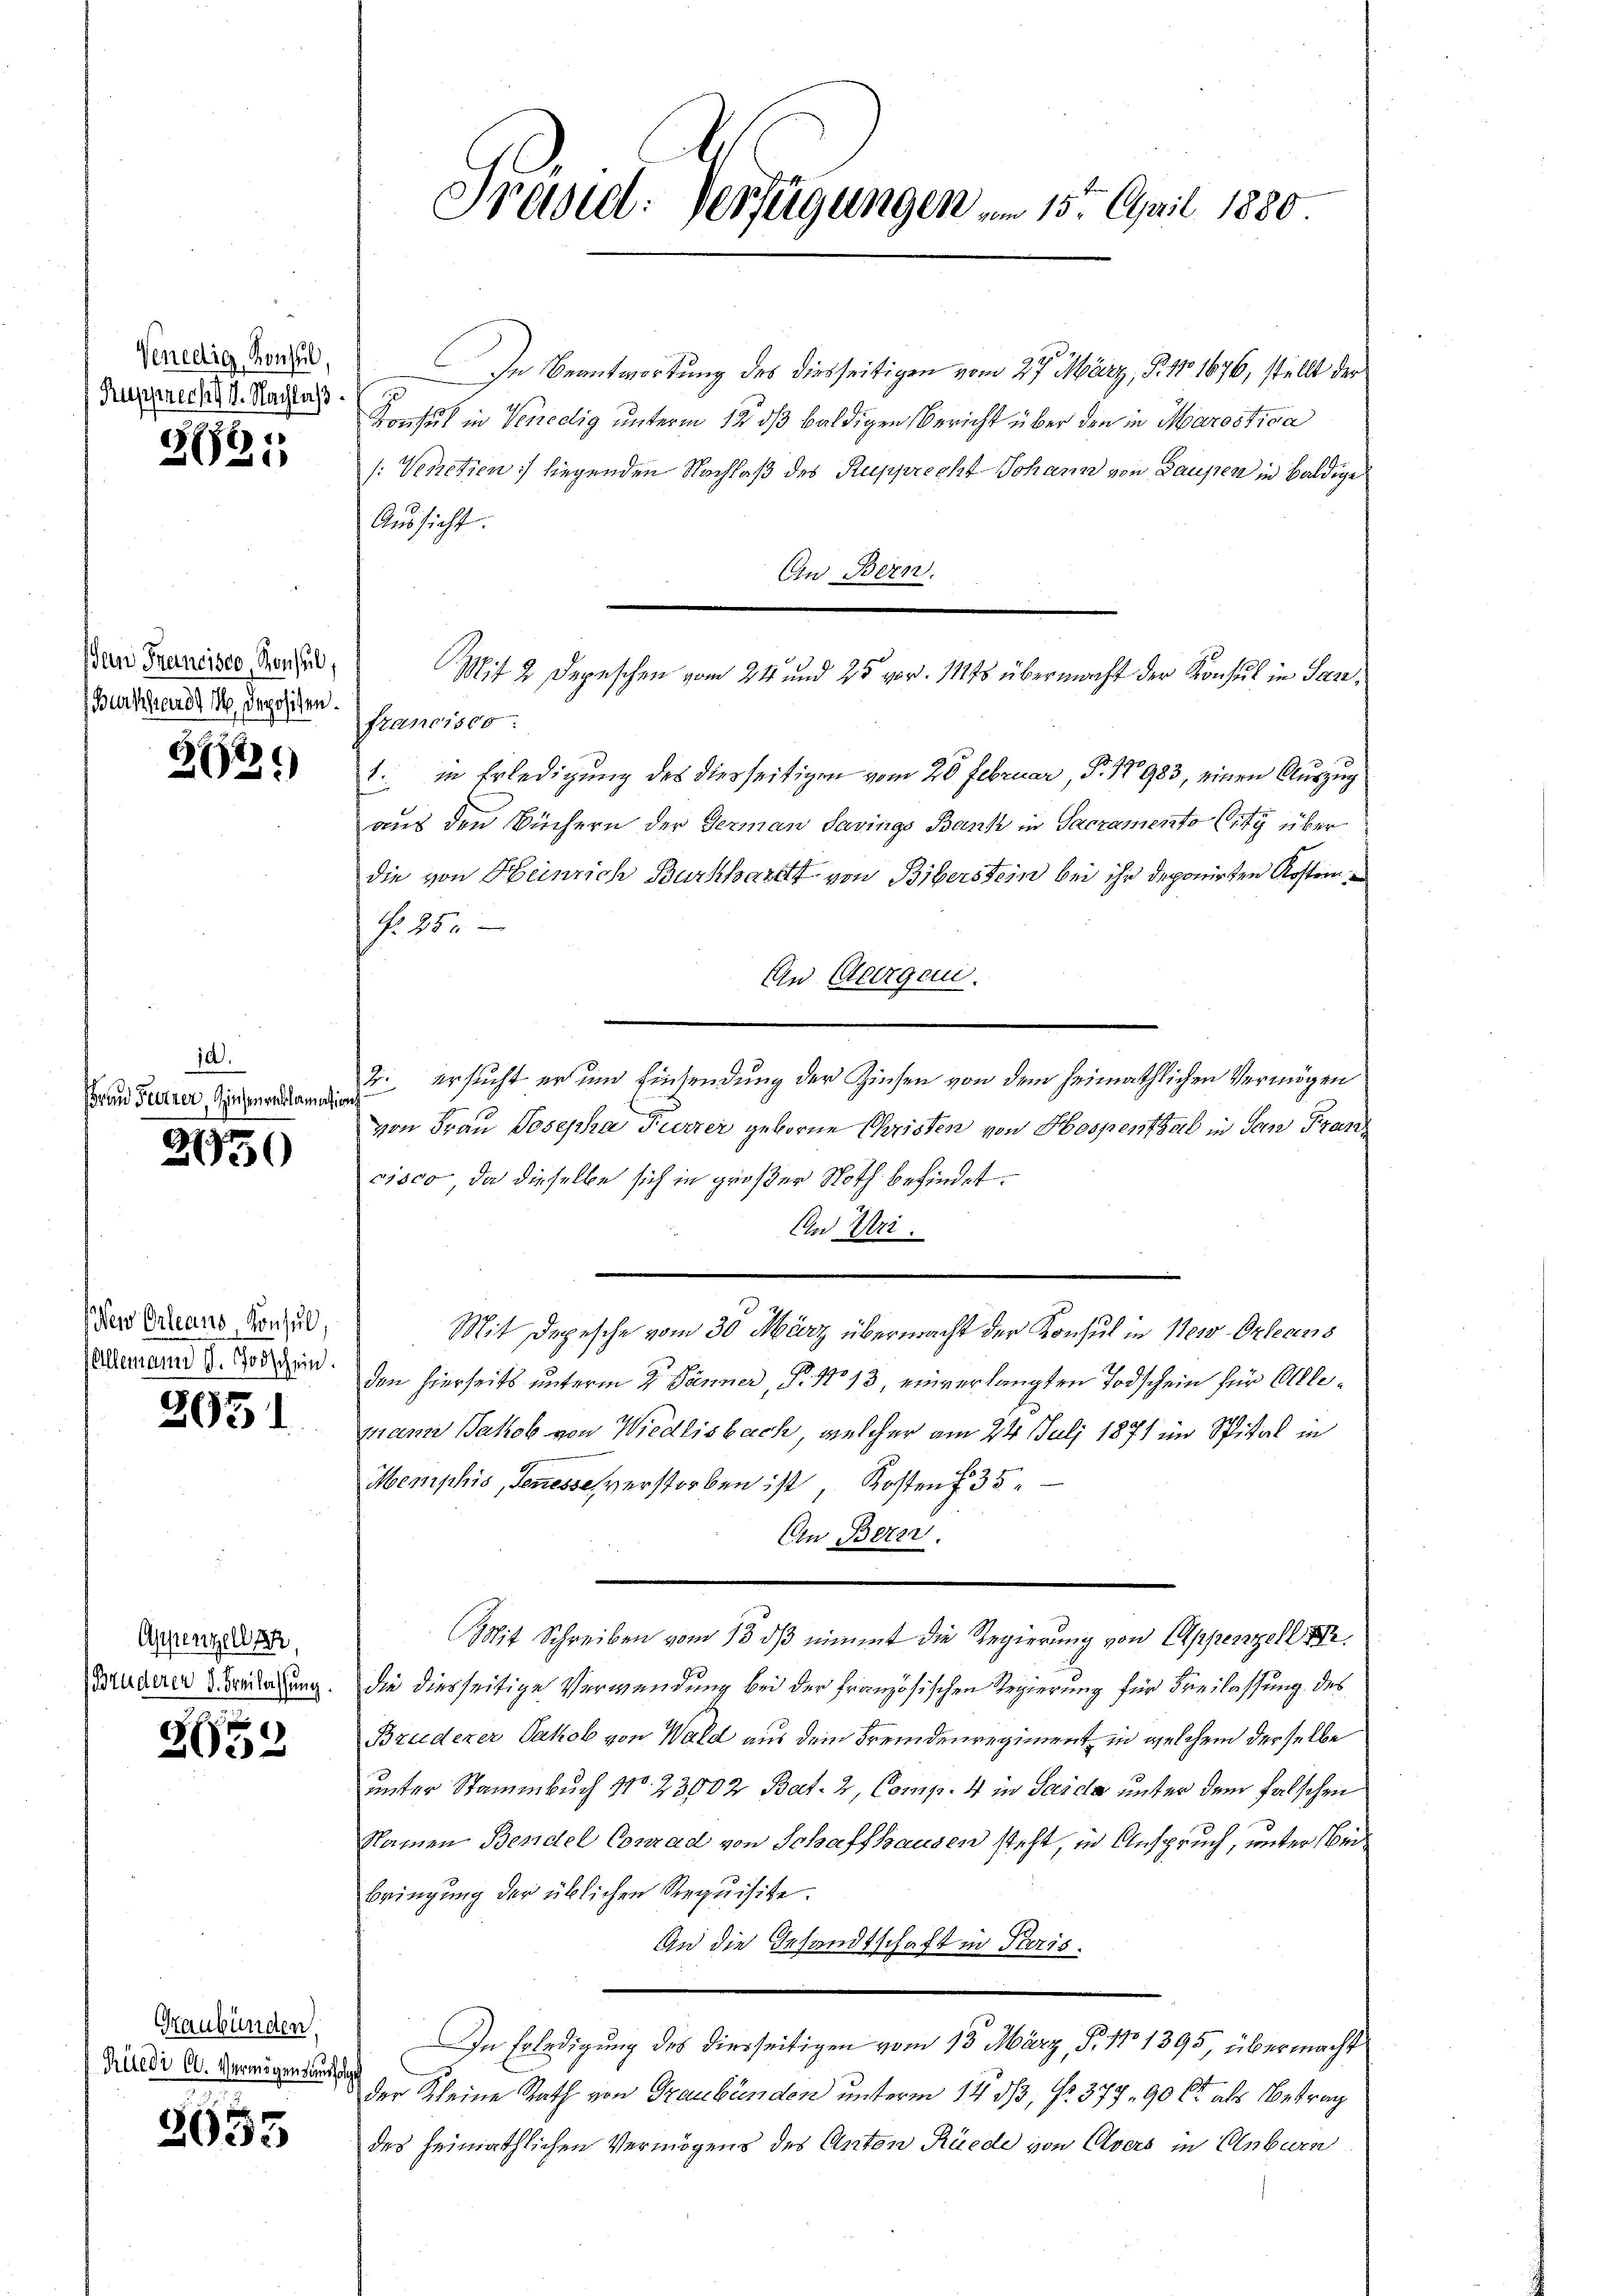
Venedig, Konsul
Rusiner hat J. Nachlaß
.

921

un Francisco, Konseil,
Burkhard M. Depositen.

e
02.

10.
von Ferner, Zinsenreclamation

¬
2950

New Orleans Konsul,
Allemann d. Todschein.

2951

Appenzellen,
Bruderer d. Freilassung.

262

Graubünden.
Rüedi Cl. Vermögensausfolg

2655

Präsid. Verfügungen im 15. April 1880.

In Beantwortung des diesseitigen vom 27. März, P. 17 1676, stellt der
Konsul in Venedig unterm 12 ds baldigen Bericht über den in Marestica
1: Venetien liegenden Nachlaß des Rupprecht Johann von Gaupen in baldige
Aussicht.
An Bern.
trancisco
1. in Erledigung des diesseitigen vom 20 Februar Fr. 18983, einen Auszug
aus den Büchern der German Savings Bank in Sacramento Crty über
die von Heinrich Burkhardt von Biberstein bei ihr deponirten Kostein¬
Nr. 250
An Georgen.
2. ersucht er um Einsendung der Zinsen von dem heimathlichen Vermögen
von Frau Josepha Furrer geborene Christen von Hospenthal in San Franz
cisco, da dieselbe sich in großer Noth befindet.
An Uri.
Mit Depesche vom 30 März übermacht der Konsul in New-Orleans
den hierseits unterm 2. Jänner, P. No 13, einverlangten Todschein für Olllemann Jakob von Wiedlisbach, welcher am 24. Juli 1871 im Spital in
Wemphis, Genesses verstorben ist, Kosten f 35
An Betr.
Mit Schreiben vom 13. ds nimmt die Regierung von Appenzell Fr.
die diesseitige Verwendung bei der Französischen Regierung für Freilassung des
Bruderer Jakob von Wald aus dem Fremdenregiment in welchem derselbe
inter Stammbuch No. 23002 Bat. 2, Comp. 4 in Saica unter dem falschen
kamen Bendel Conrad von Schaffhausen steht, in Anspruch, unter Beibringung der üblichen Requisite.
An die Gesandtschaft in Paris.
In Erledigung des diesseitigen vom 13. März, N. 11 1395, übermacht
der Kleine Rath von Graubünden unterm 14 dß, Nr. 377, 90 Ct. als Betrag
des heimathlichen Vermögens des Anton Rüede von Elvers in Unburn

Mit 2 Depeschen vom 24 und 25 vor. 1145 übermacht der Konsul in San¬